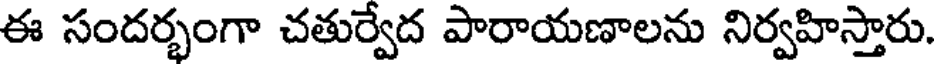
ఈ సందర్భంగా చతుర్వేద పారాయణాలను నిర్వహిస్తారు.